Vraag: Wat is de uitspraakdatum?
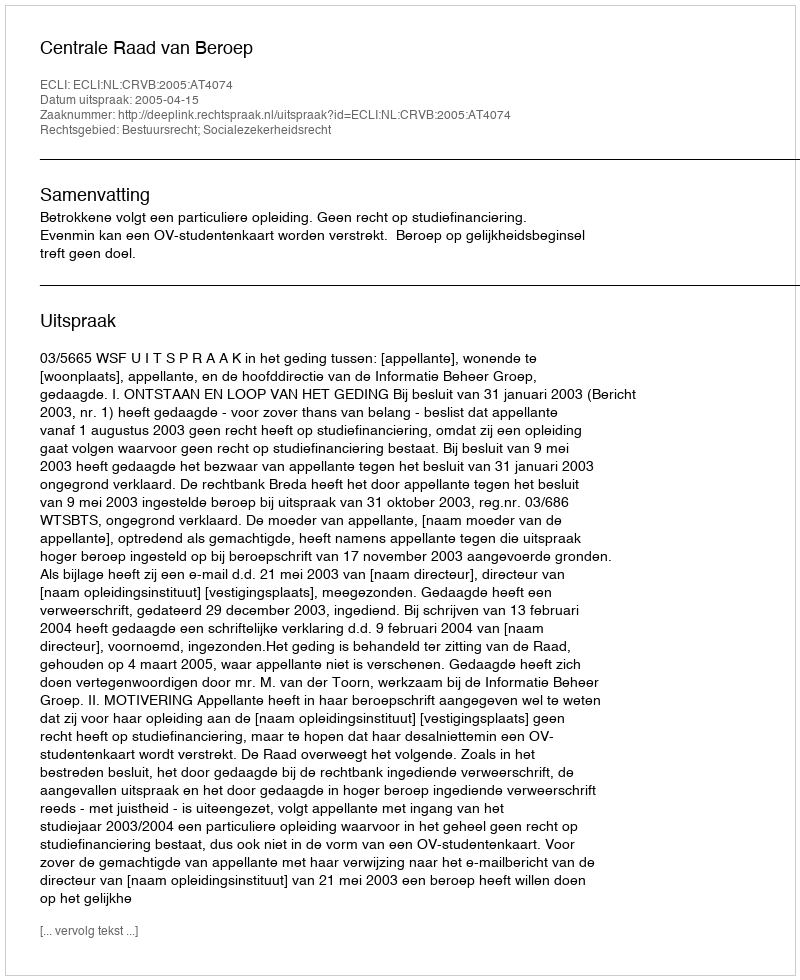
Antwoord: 2005-04-15